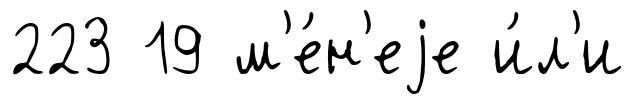
223 19 м'е́н'еjе и́л'и